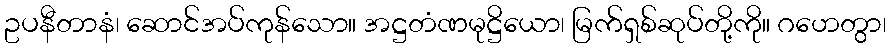
ဥပနီတာနံ၊ ဆောင်အပ်ကုန်သော။ အဋ္ဌတံဏမုဋ္ဌိယော၊ မြက်ရှစ်ဆုပ်တို့ကို။ ဂဟေတွာ၊